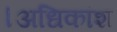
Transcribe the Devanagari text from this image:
।अधिकांश